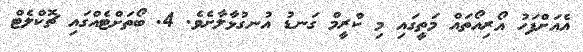
އެއަށްފަހު އޯރިއޯތައް މަތީގައި މި ކްރީމް ގަނޑު އުނގުޅާލާށެވެ. 4. ބޯތަށްޓެއްގައި ޗޮކްލެޓް